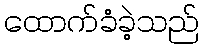
ထောက်ခံခဲ့သည်